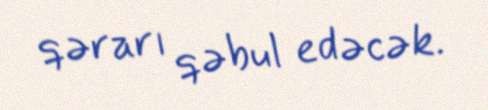
qərarı qəbul edəcək.